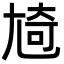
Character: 㞆